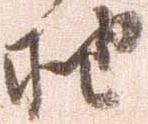
抽